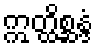
ဣတ္ထိစ္ဆန္ဒံ